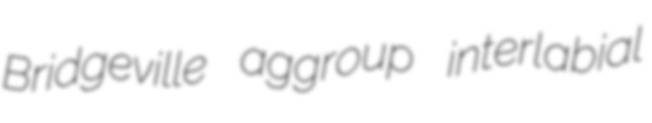
Bridgeville aggroup interlabial